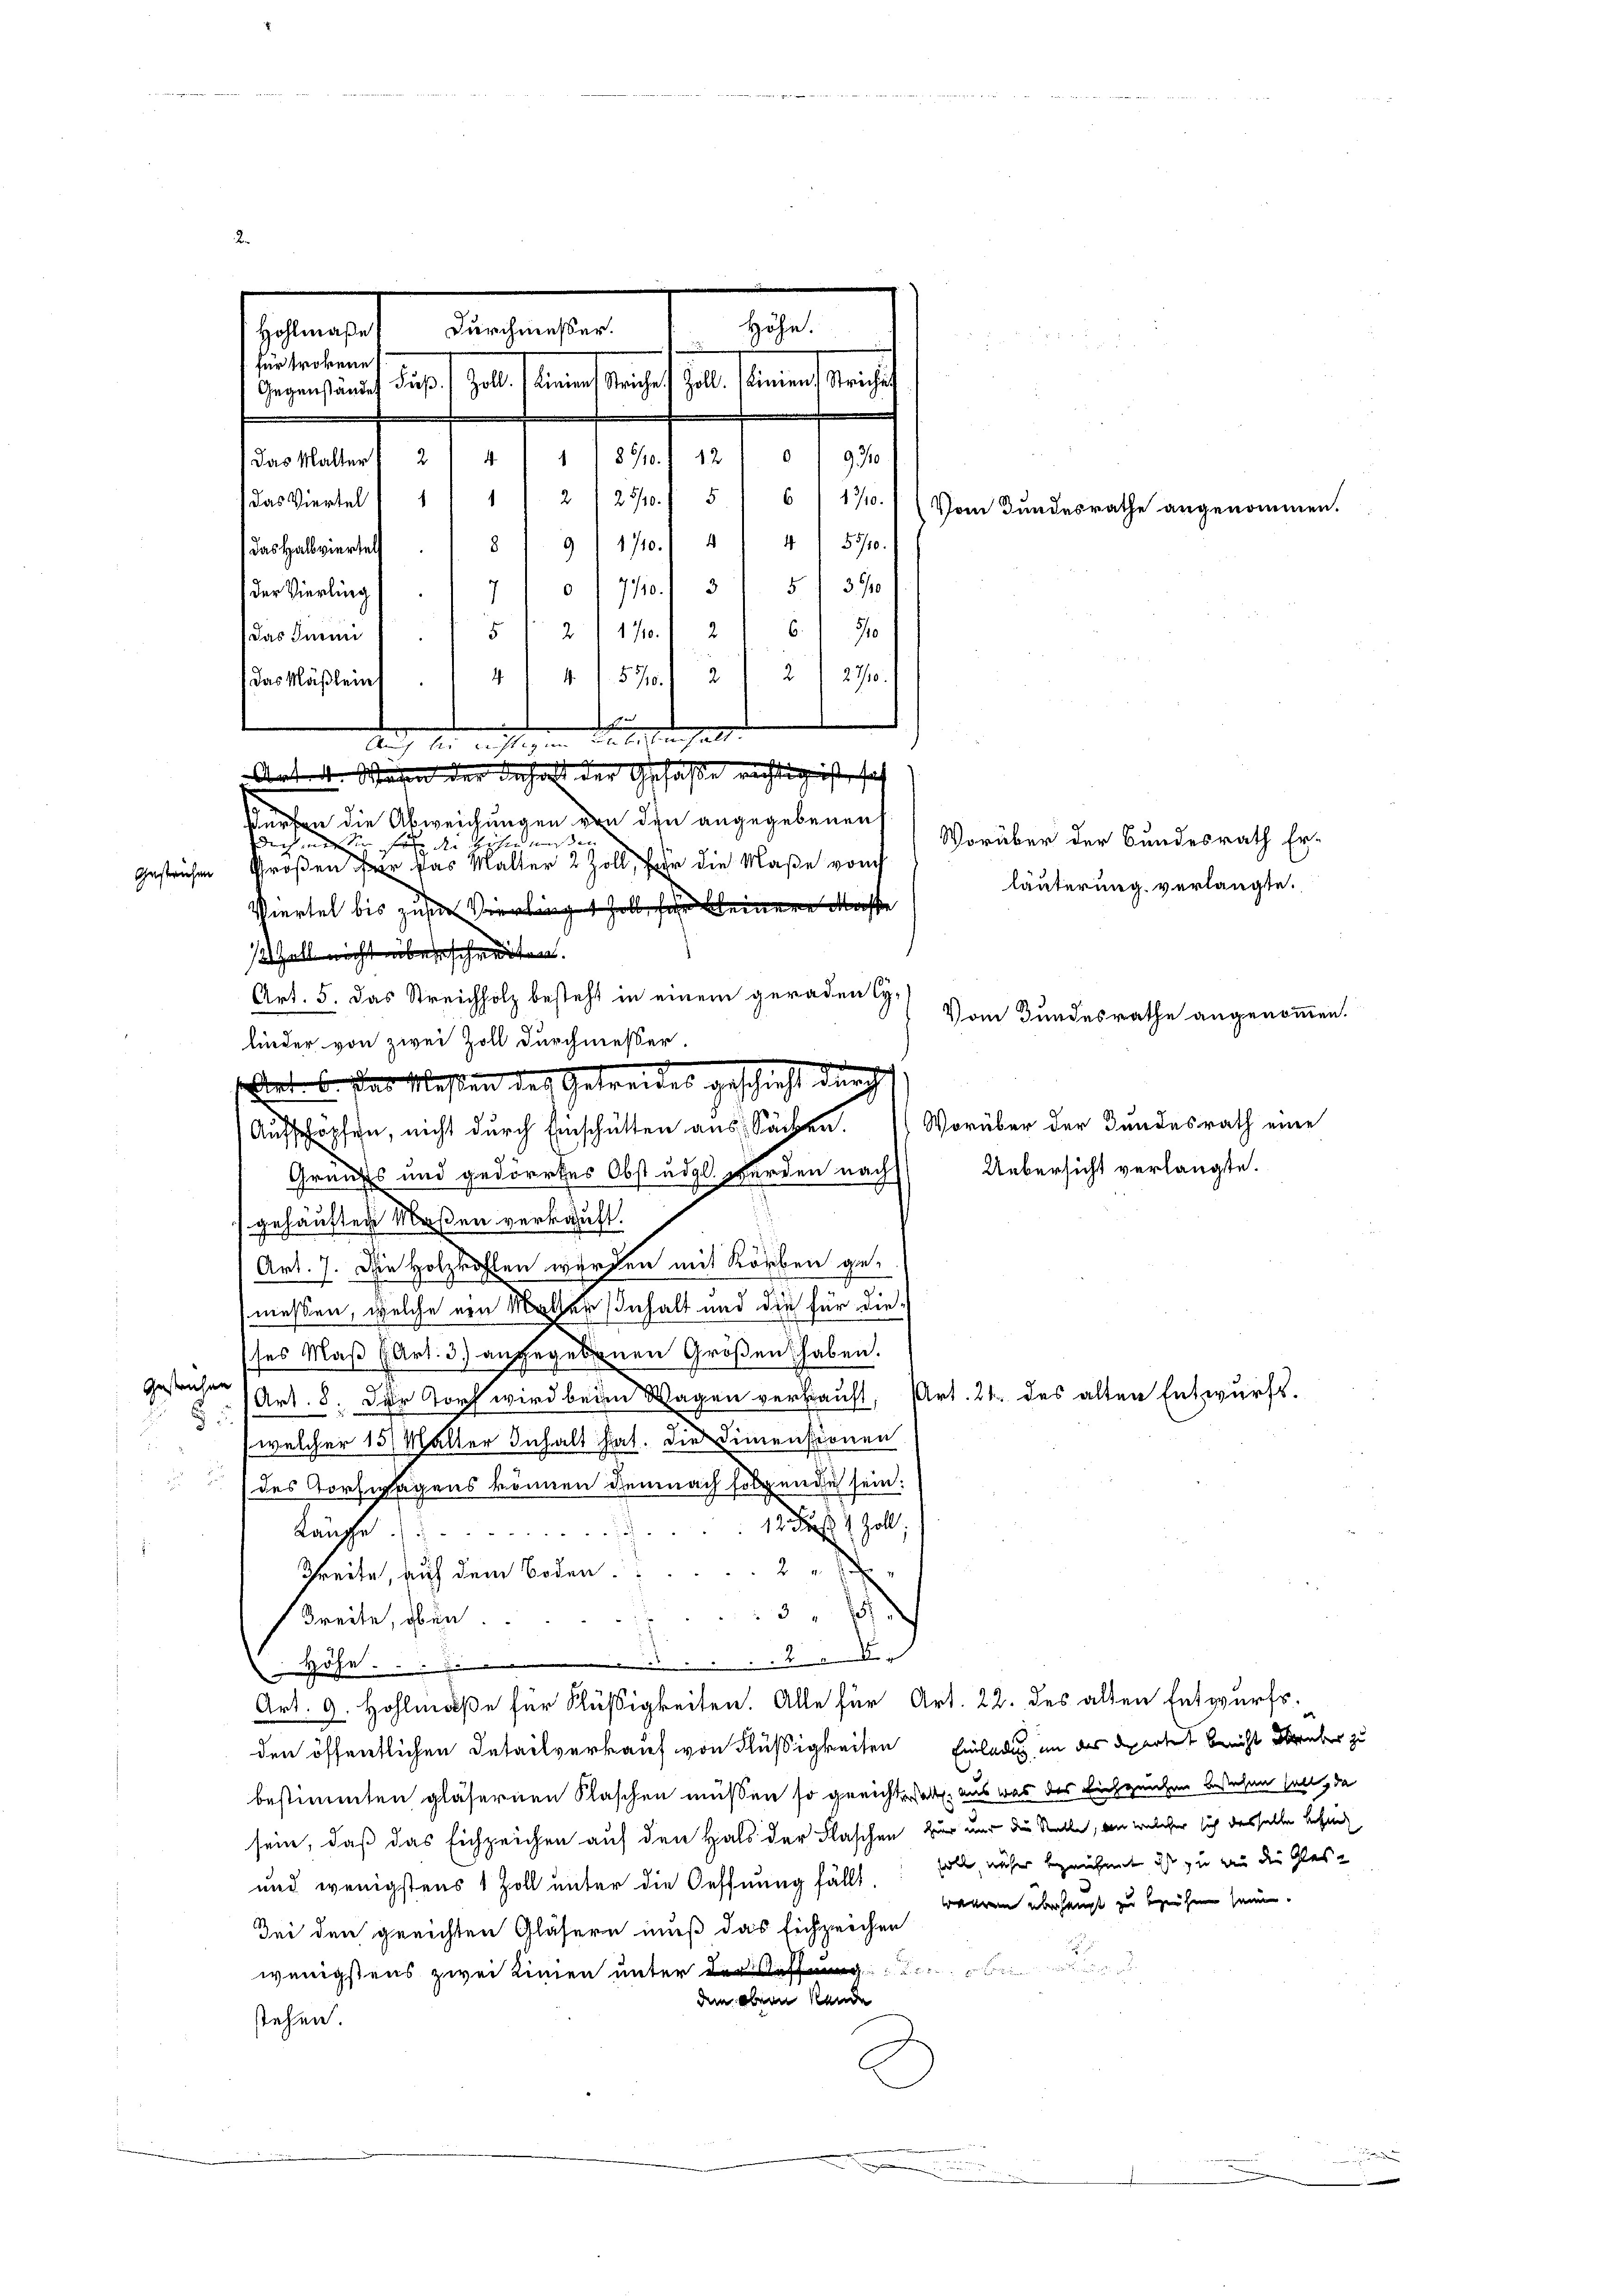
o 1770. 375 f. 390
der Vierling
5 f. 2. 170. 2
das Kinni
2) 27/10.
47. 550. 12
.
Das Käßlein
see
.
dan, die nichtigen die Seiten gan
e
doch nur der für die Höhen müssen |
Viertel bis zur Vierling soll, für einer Masse
/2 Zoll nicht überschreiten.
Art. 5. das Streichholz besteht in einem geraden Cyfinder von zwei Zoll durchmesser.
Art. 6 des Meßen des Getreides geschieht durch
Aufschöpfen, nicht durch Einschütten aus Sachen. Vorüber der Bundesrath eine
Uebersicht verlangte.
Graus und gedörrtes Obstudel. werden nachs
gehäuften Maßen verkauft.
Art. 7. Die Holzkohlen worden mit Korben ge-
messen, welche ein Mathen Inhalt und die für die
ses Maß (Art. 3) angegebenen Größen haben.
Gestrichen
Art. 8. Der Torf wird beim Wagen verkauft, Art. 21. des alten Entwurfs.
5
(welcher 15 Malter Inhalt hat. Die Simensionen
 des Corswagens können demnach folgende sein:
12 Fuß 2 Zoll,
Lauphe. (
.
2
Schreite, auf dem Boden.
3 " 157.
Breite, oben.
.2.
.
Art. 9. Hohlmaße für Küßigkeiten. Alle für Art. 22. des alten Entwurfs-
den öffentlichen Intailverkauf von Flüßigkeiten Einladung an das Departet bericht darüber zu
bestimmten gläsernen Flaschen müßen so gerichtestatt, aus was des Eichzeichen besehen halt, da
sein, daß das Eichzeichen auf den Hals der Flaschen zur nur die Stelle, an welcher sich desselbe befin
und wenigstens 1 Zoll unter die Oeffnung fällt solle, aufer bezeichnet, dass zu wie die Glas-
wehren überhaupt zu beziehen sein.
Sei den gerichten Gläsern muß das Eichzeichen

wenigstens zwei Kinien unter den
dem obern Kande
stehen.

Höhe.
Durchmesser.
Hohlmaße

.
für trokene
wegens auf dieses als seinen sei es sel. Mannes er sch
(das Malter 2/4 1890./ 12/ 1930
(das Viertel " 1 1/2 /25/0./5 6 1710.
Vom Bundesrathe angenommen.
/1710./ 4/4 1 5500.
das Halbviertels

gestreichen Großen er das Malter 2 Zoll, für die Maße von

Arter. Wesen der daher der Gshaße richtig ist, seh
ürfen die Abweichungen von die angegebenen

Vorüber der Bundesrath Er-

läuterung verlangte.
Vom Bundesrathe angenommen.